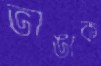
ভাঙাক